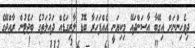
ދިވެހިންނަށް އިގޭބާ އާސަންދައޭ މިކިޔަނީ އެއްފަހަރާ ބޮޑު ލާރިގަޑެއް ދައުލަތުގެ ބަޖެޓުން ރާއްޖޭގެ